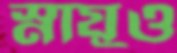
স্নায়ুও